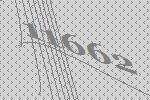
11662